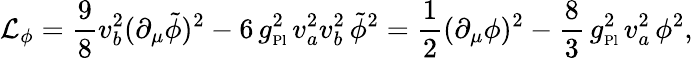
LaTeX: {\cal L}_{\phi}=\frac{9}{8}v_{b}^{2}(\partial_{\mu}\tilde{\phi})^{2}-6\, {g_{\mathrm{\scriptscriptstyle Pl}}^{2}}\, v_{a}^{2}v_{b}^{2}\, \tilde{\phi}^{2}=\frac{1}{2}(\partial_{\mu}\phi)^{2}-\frac{8}{3}\, {g_{\mathrm{\scriptscriptstyle Pl}}^{2}}\, v_{a}^{2}\, \phi^{2},